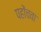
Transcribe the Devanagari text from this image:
पहोंचवा